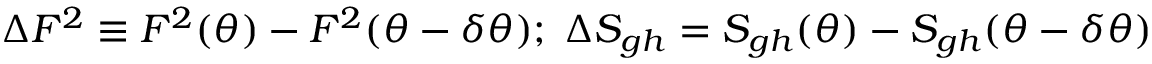
\Delta F ^ { 2 } \equiv F ^ { 2 } ( \theta ) - F ^ { 2 } ( \theta - \delta \theta ) ; \; \Delta S _ { g h } = S _ { g h } ( \theta ) - S _ { g h } ( \theta - \delta \theta )